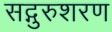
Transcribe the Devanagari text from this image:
सद्गुरुशरण